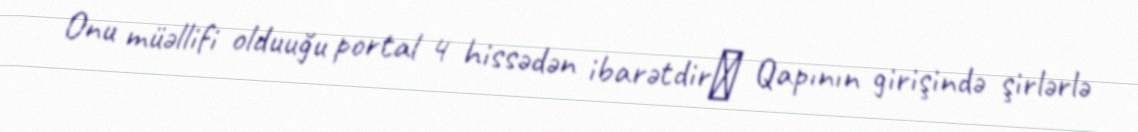
Onu müəllifi olduuğu portal 4 hissədən ibarətdirː Qapının girişində şirlərlə